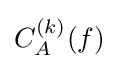
C_{A}^{(k)}(f)